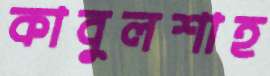
কাবুলশাহ